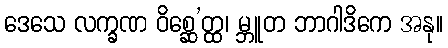
ဒေသေ လက္ခဏ ဝိစ္ဆေ’တ္ထ၊ မ္ဘူတ ဘာဂါဒိကေ အနု။